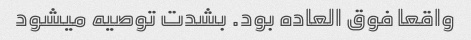
واقعا فوق العاده بود. بشدت توصیه میشود